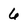
Character: 6